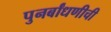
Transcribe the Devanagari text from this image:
पुनर्बांधणीची